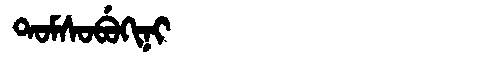
Manchu: ᡨᠣᠮᠰᠣᠪᡠᡴᡳᠨᡳ
Romanization: TOMSOBUKINI